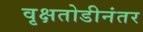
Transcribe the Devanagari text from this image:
वृक्षतोडीनंतर